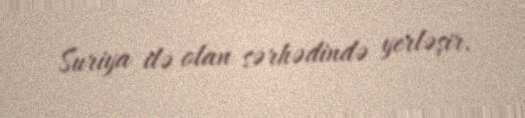
Suriya ilə olan sərhədində yerləşir.